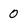
Character: 0